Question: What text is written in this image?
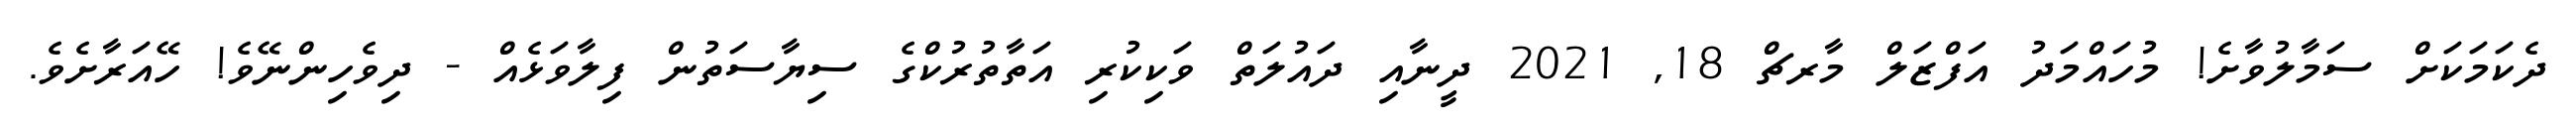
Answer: ދެކަމަކަށް ސަމާލުވާށެ! މުހައްމަދު އަފްޒަލް މާރޗް 18, 2021 ދީނާއި ދައުލަތް ވަކިކުރި އަތާތުރުކްގެ ސިޔާސަތުން ފިލާވަޅެއް - ދިވެހިންނޭވެ! ހޭއަރާށެވެ.